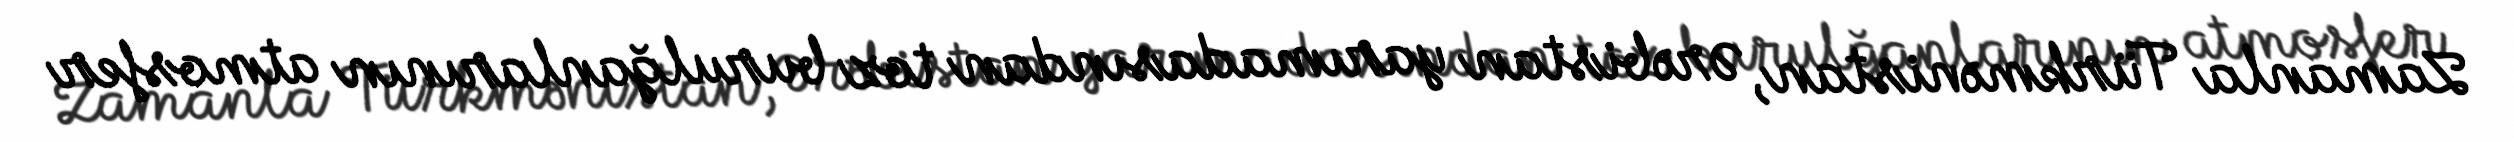
Zamanla Türkmənistan, Ərəbistan yarımadasından toz burulğanlarının atmosfer